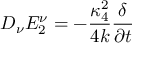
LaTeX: D _ { \nu } E _ { 2 } ^ { \nu } = - { \frac { { \kappa _ { 4 } ^ { 2 } } } { { 4 k } } } { \frac \delta { { \partial t } } }